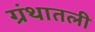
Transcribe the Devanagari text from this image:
ग्रंथातली